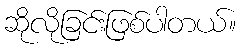
ဆိုလိုခြင်းဖြစ်ပါတယ်။